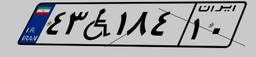
۴۳W۱۸۴۱۰